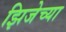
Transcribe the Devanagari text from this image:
झिजेच्या